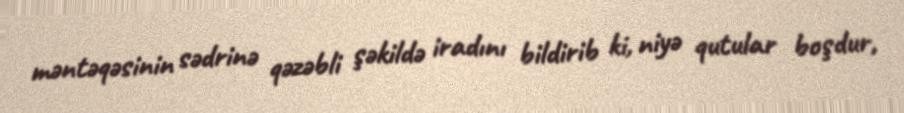
məntəqəsinin sədrinə qəzəbli şəkildə iradını bildirib ki, niyə qutular boşdur,